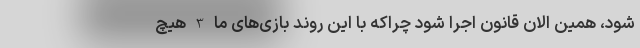
شود، همین الان قانون اجرا شود چراکه با این روند بازی‌های ما 3 هیچ